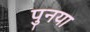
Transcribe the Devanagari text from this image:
पुनया